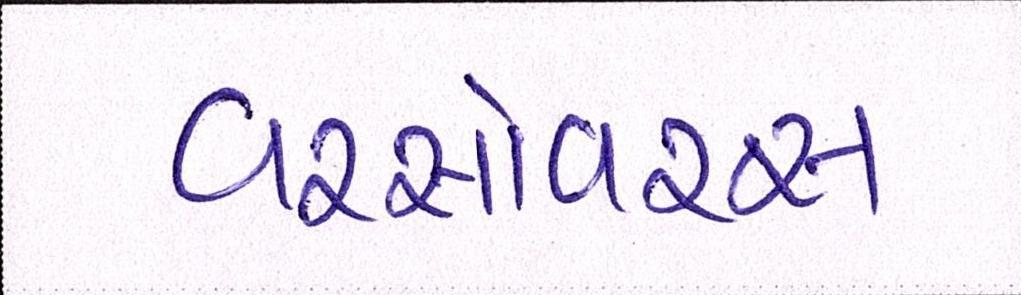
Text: વરસોવરસ